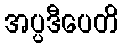
အပ္ပဒီပေတိ